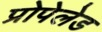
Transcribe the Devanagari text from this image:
प्रोपेलेड